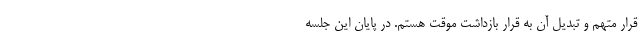
قرار متهم و تبدیل آن به قرار بازداشت موقت هستم. در پایان این جلسه